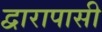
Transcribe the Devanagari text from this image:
द्वारापासी